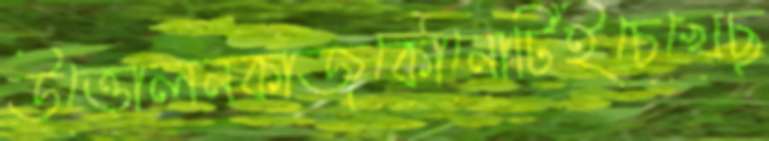
উত্তোলনকাজকোনোটিইচেখেছ